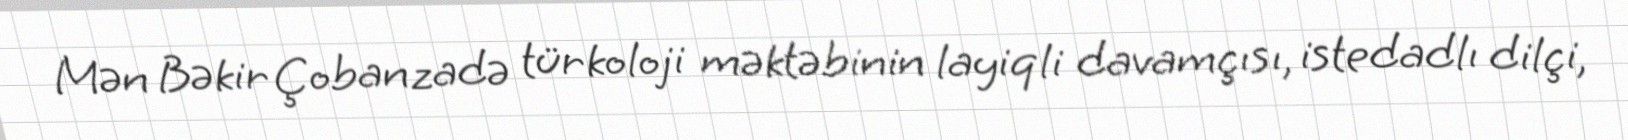
Mən Bəkir Çobanzadə türkoloji məktəbinin layiqli davamçısı, istedadlı dilçi,